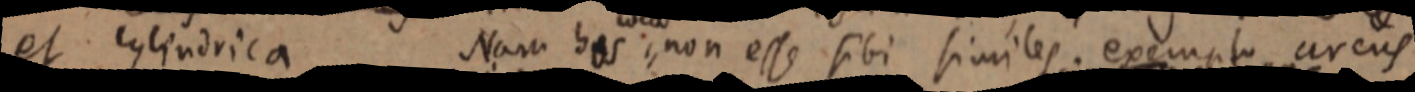
et cylindrica. Nam _ non esse sibi similes. exempto arcus